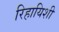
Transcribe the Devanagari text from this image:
रिहायिशी